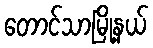
တောင်သာမြို့နယ်